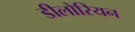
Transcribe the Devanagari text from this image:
डीलोरियन